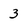
Character: 3